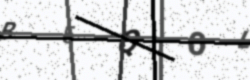
Text: B5QOL